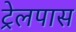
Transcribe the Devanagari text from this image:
ट्रेलपास